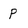
Character: p